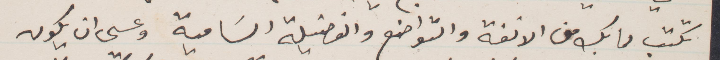
تكتب مما بك من الالفة والتواضع والفضيلة السامية وعسى ان يكون